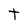
Character: t